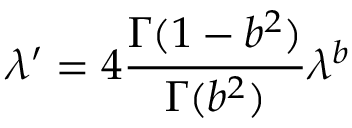
\lambda ^ { \prime } = 4 { \frac { \Gamma ( 1 - b ^ { 2 } ) } { \Gamma ( b ^ { 2 } ) } } \lambda ^ { b }